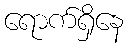
ရောက်ရှိနေ